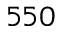
5 5 0